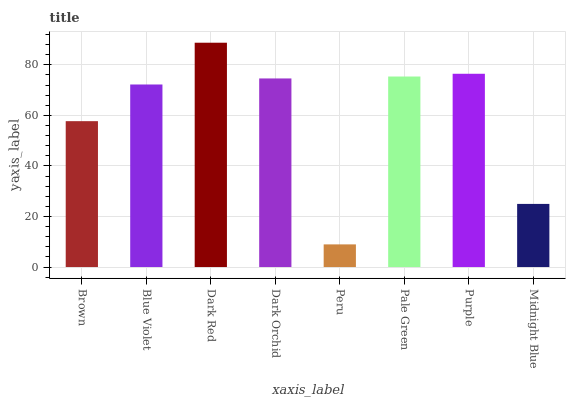
| xaxis_label | bars |
 | --- | --- |
 | Brown | 57.7 |
 | Blue Violet | 72.2 |
 | Dark Red | 88.7 |
 | Dark Orchid | 74.6 |
 | Peru | 8.96 |
 | Pale Green | 75.4 |
 | Purple | 76.5 |
 | Midnight Blue | 25 |